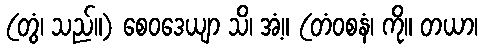
(တွံ၊ သည်။) စေဝဒေယျာ သိ၊ အံ့။ (တံဝစနံ၊ ကို။ တယာ၊